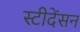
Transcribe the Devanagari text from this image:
स्टीदेंसन